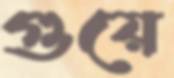
গুয়ে